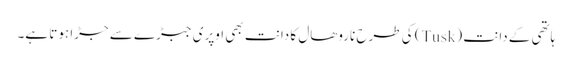
ہاتھی کے دانت (Tusk) کی طرح ناروھال کا دانت بھی اوپری جبڑے سے جڑا ہوتا ہے۔